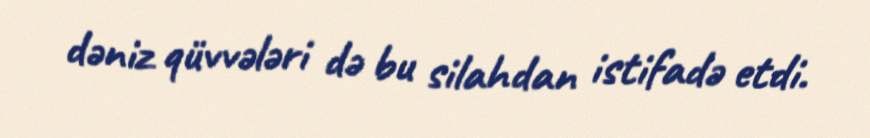
dəniz qüvvələri də bu silahdan istifadə etdi.